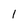
Character: l